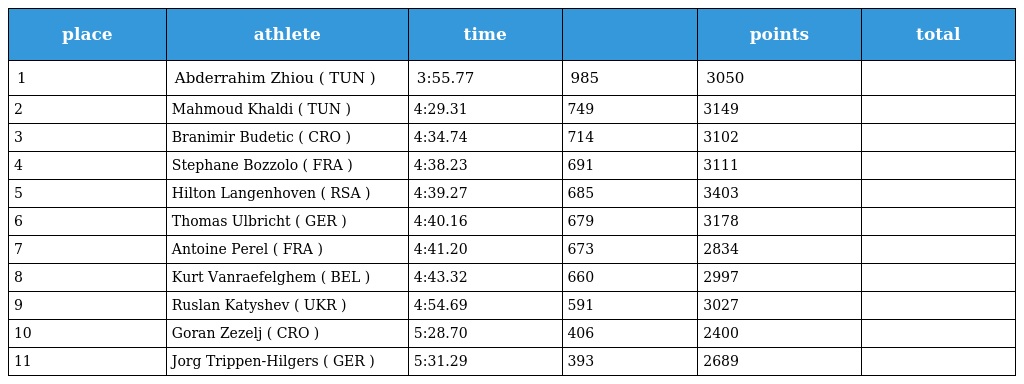
| place | athlete | time |  | points | total |
 | --- | --- | --- | --- | --- | --- |
 | 1 | Abderrahim Zhiou ( TUN ) | 3:55.77 | 985 | 3050 |  |
 | 2 | Mahmoud Khaldi ( TUN ) | 4:29.31 | 749 | 3149 |  |
 | 3 | Branimir Budetic ( CRO ) | 4:34.74 | 714 | 3102 |  |
 | 4 | Stephane Bozzolo ( FRA ) | 4:38.23 | 691 | 3111 |  |
 | 5 | Hilton Langenhoven ( RSA ) | 4:39.27 | 685 | 3403 |  |
 | 6 | Thomas Ulbricht ( GER ) | 4:40.16 | 679 | 3178 |  |
 | 7 | Antoine Perel ( FRA ) | 4:41.20 | 673 | 2834 |  |
 | 8 | Kurt Vanraefelghem ( BEL ) | 4:43.32 | 660 | 2997 |  |
 | 9 | Ruslan Katyshev ( UKR ) | 4:54.69 | 591 | 3027 |  |
 | 10 | Goran Zezelj ( CRO ) | 5:28.70 | 406 | 2400 |  |
 | 11 | Jorg Trippen-Hilgers ( GER ) | 5:31.29 | 393 | 2689 |  |